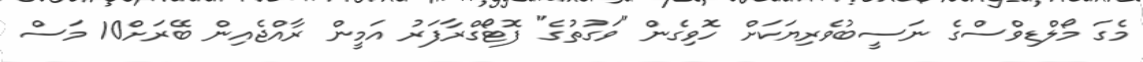
މެގަ މޯލްޑިވްސްގެ ނަސީބުވެރިޔަކަށް ހޮވިގެން "ވަގުތުގެ" ފޮޓޯގްރާފަރު އަމީން ރާއްޖެއިން ބޭރަށް10 މަސް